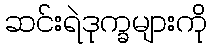
ဆင်းရဲဒုက္ခများကို